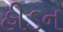
હીડન